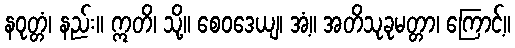
နဝုတ္တံ၊ နည်း။ ဣတိ၊ သို့။ စေဝဒေယျ၊ အံ့။ အတိသုခုမတ္တာ၊ ကြောင့်။